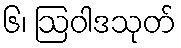
၆၊ ဩဝါဒသုတ်